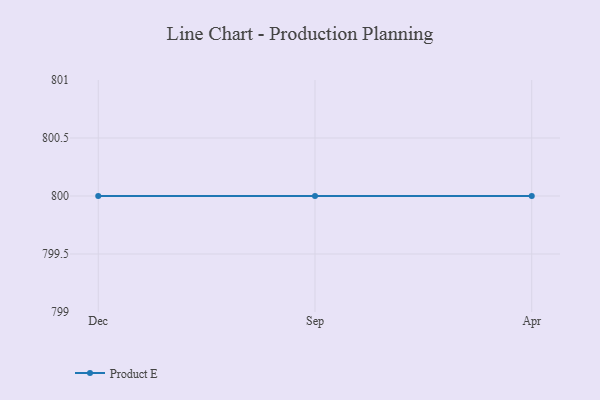
{"axis": {"x": "Month", "y": "Demand Index"}, "legend": ["Product E"], "data": [{"x": "Dec", "y": 800, "type": "Product E"}, {"x": "Sep", "y": 800, "type": "Product E"}, {"x": "Apr", "y": 800, "type": "Product E"}]}